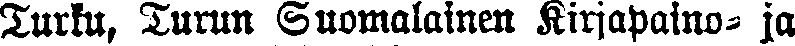
Turku, Surun Suomalainen Kirjapaino- ja